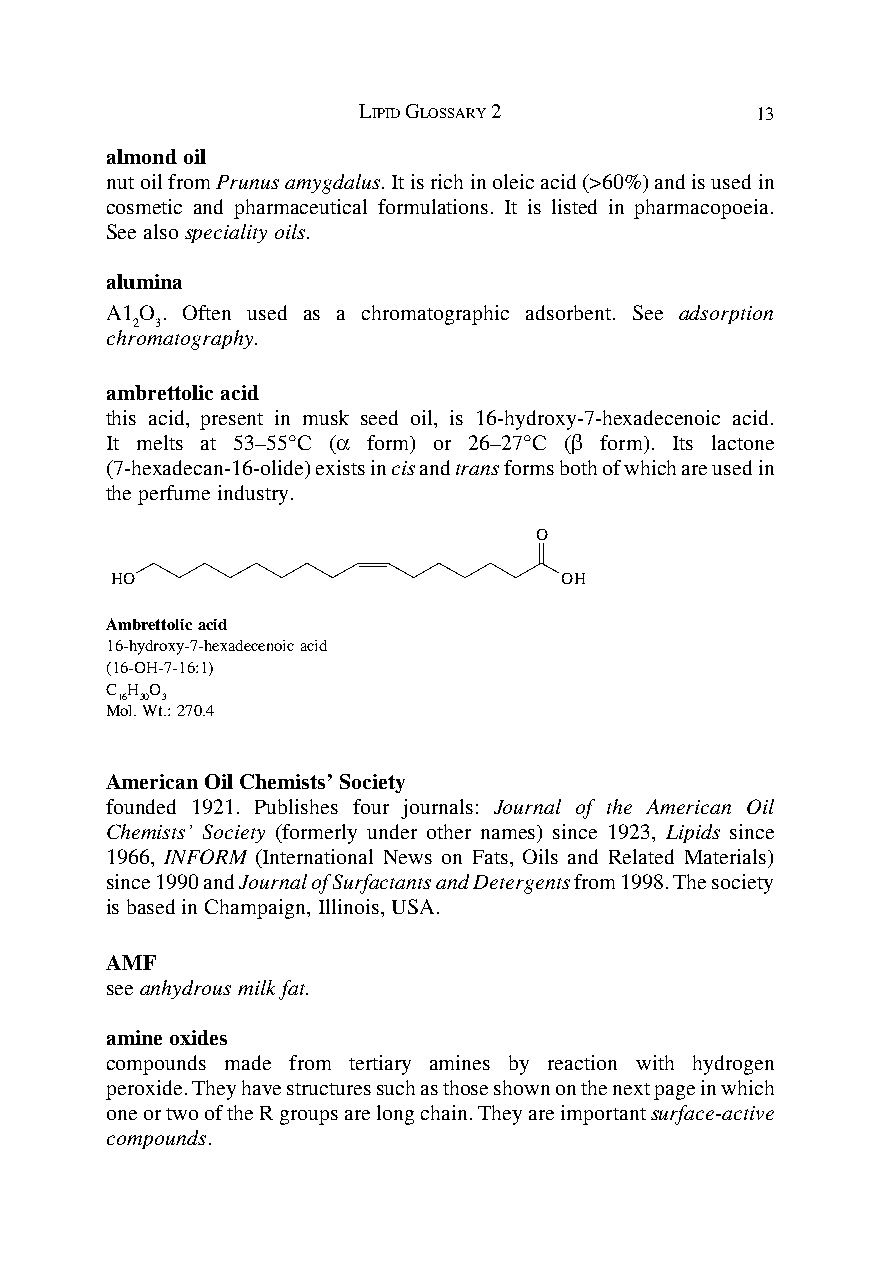
LIPID GLOSSARY 2          13
 almond oil
 nut oil from Prunus amygdalus. It is rich in oleic acid (>60%) and is used in
 cosmetic and pharmaceutical formulations. It is listed in pharmacopoeia.
 See also speciality oils.
 alumina
 A1O . Often used as a chromatographic adsorbent. See adsorption
 2 3
 chromatography.
 ambrettolic acid
 this acid, present in musk seed oil, is 16-hydroxy-7-hexadecenoic acid.
 It melts at 53–55°C (α form) or 26–27°C (β form). Its lactone
 (7-hexadecan-16-olide) exists in cis and trans forms both of which are used in
 the perfume industry.
 O
 HO                            OH
 Ambrettolic acid
 16-hydroxy-7-hexadecenoic acid
 (16-OH-7-16:1)
 C H O
 16 30 3
 Mol. Wt.: 270.4
 American Oil Chemists’ Society
 founded 1921. Publishes four journals: Journal of the American Oil
 Chemists’ Society (formerly under other names) since 1923, Lipids since
 1966, INFORM (International News on Fats, Oils and Related Materials)
 since 1990 and Journal of Surfactants and Detergents from 1998. The society
 is based in Champaign, Illinois, USA.
 AMF
 see anhydrous milk fat.
 amine oxides
 compounds made from tertiary amines by reaction with hydrogen
 peroxide. They have structures such as those shown on the next page in which
 one or two of the R groups are long chain. They are important surface-active
 compounds.